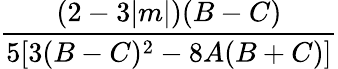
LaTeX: \frac{(2-3|m|)(B-C)}{5[3(B-C)^{2}-8A(B+C)]}